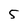
Character: 5